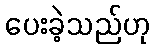
ပေးခဲ့သည်ဟု